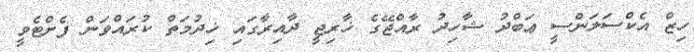
ހިޒް އެކްސަލަންސީ ޢަބްދު ޝާހިދު ރާއްޖޭގެ ޚާރިޖީ ދާއިރާގައި ޚިދުމަތް ކުރައްވަން ފެށްޓެވީ